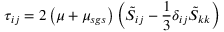
{ \tau } _ { i j } = 2 \left( \mu + { \mu } _ { s g s } \right) \left( \tilde { S } _ { i j } - \frac { 1 } { 3 } \delta _ { i j } \tilde { S } _ { k k } \right) \,